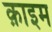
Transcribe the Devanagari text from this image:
क़ाइम